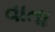
વાતા